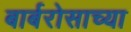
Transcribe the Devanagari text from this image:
बार्बरोसाच्या